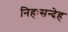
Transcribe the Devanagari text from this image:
निहःसन्देह